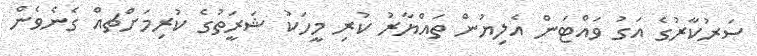
ސަރުކާރުގެ އަގު ވައްޓަން އެލިޔުން ތައްޔާރު ކުރި މީހަކު ޝަރީަތުގެ ކުރިމަށްޗއް ގެނެވެން